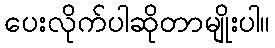
ပေးလိုက်ပါဆိုတာမျိုးပါ။